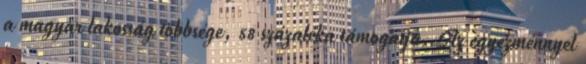
a magyar lakosság többsége, 58 százaléka támogatja. Az egyezménnyel